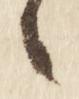
々